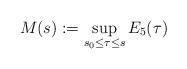
LaTeX: \begin{align*}M(s) := \sup_{s_0 \le \tau \le s} E_5(\tau)\end{align*}